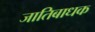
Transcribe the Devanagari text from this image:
जातिबाधक